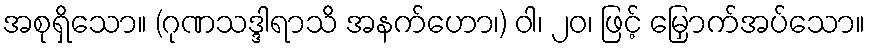
အစုရှိသော။ (ဂုဏသဒ္ဒါရာသိ အနက်ဟော၊) ဝါ၊ ၂၀၊ ဖြင့် မြှောက်အပ်သော။